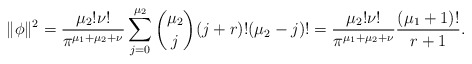
\begin{align*}\|\phi\|^2=\frac{\mu_2!\nu!}{\pi^{\mu_1+\mu_2+\nu}}\sum^{\mu_2}_{j=0}{\mu_2\choose j}(j+r)!(\mu_2-j)!=\frac{\mu_2!\nu!}{\pi^{\mu_1+\mu_2+\nu}}\frac{(\mu_1+1)!}{r+1}.\end{align*}